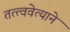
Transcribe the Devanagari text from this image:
तत्त्ववेत्याने